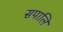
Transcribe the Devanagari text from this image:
सपालि